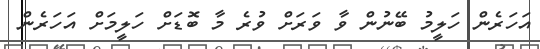
އަހަރެން ހަލީމު ބޭނުން ވާ ވަރަށް ވުރެ މާ ބޮޑަށް ހަލީމަށް އަހަރެން